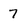
Character: 7